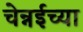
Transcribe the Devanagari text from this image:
चेन्नईच्‍या